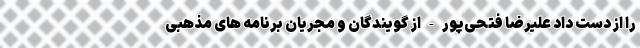
را از دست داد علیرضا فتحی‌پور - از گویندگان و مجریان برنامه های مذهبی